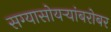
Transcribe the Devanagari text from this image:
सग्यासोयर्‍यांबरोबर